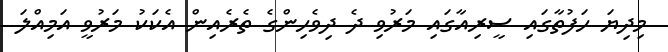
މިދިޔަ ހަފުތާގައި ސީރިއާގައި މަރުވި ދެ ދިވެހިންގެ ތެރެއިން އެކަކު މަރުވީ އަމިއްލަ